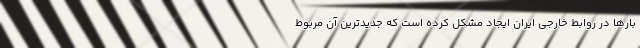
بارها در روابط خارجی ایران ایجاد مشکل کرده است که جدیدترین آن مربوط